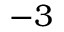
- 3